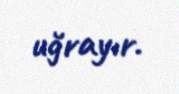
uğrayır.